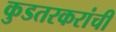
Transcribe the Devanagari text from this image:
कुडतरकरांची